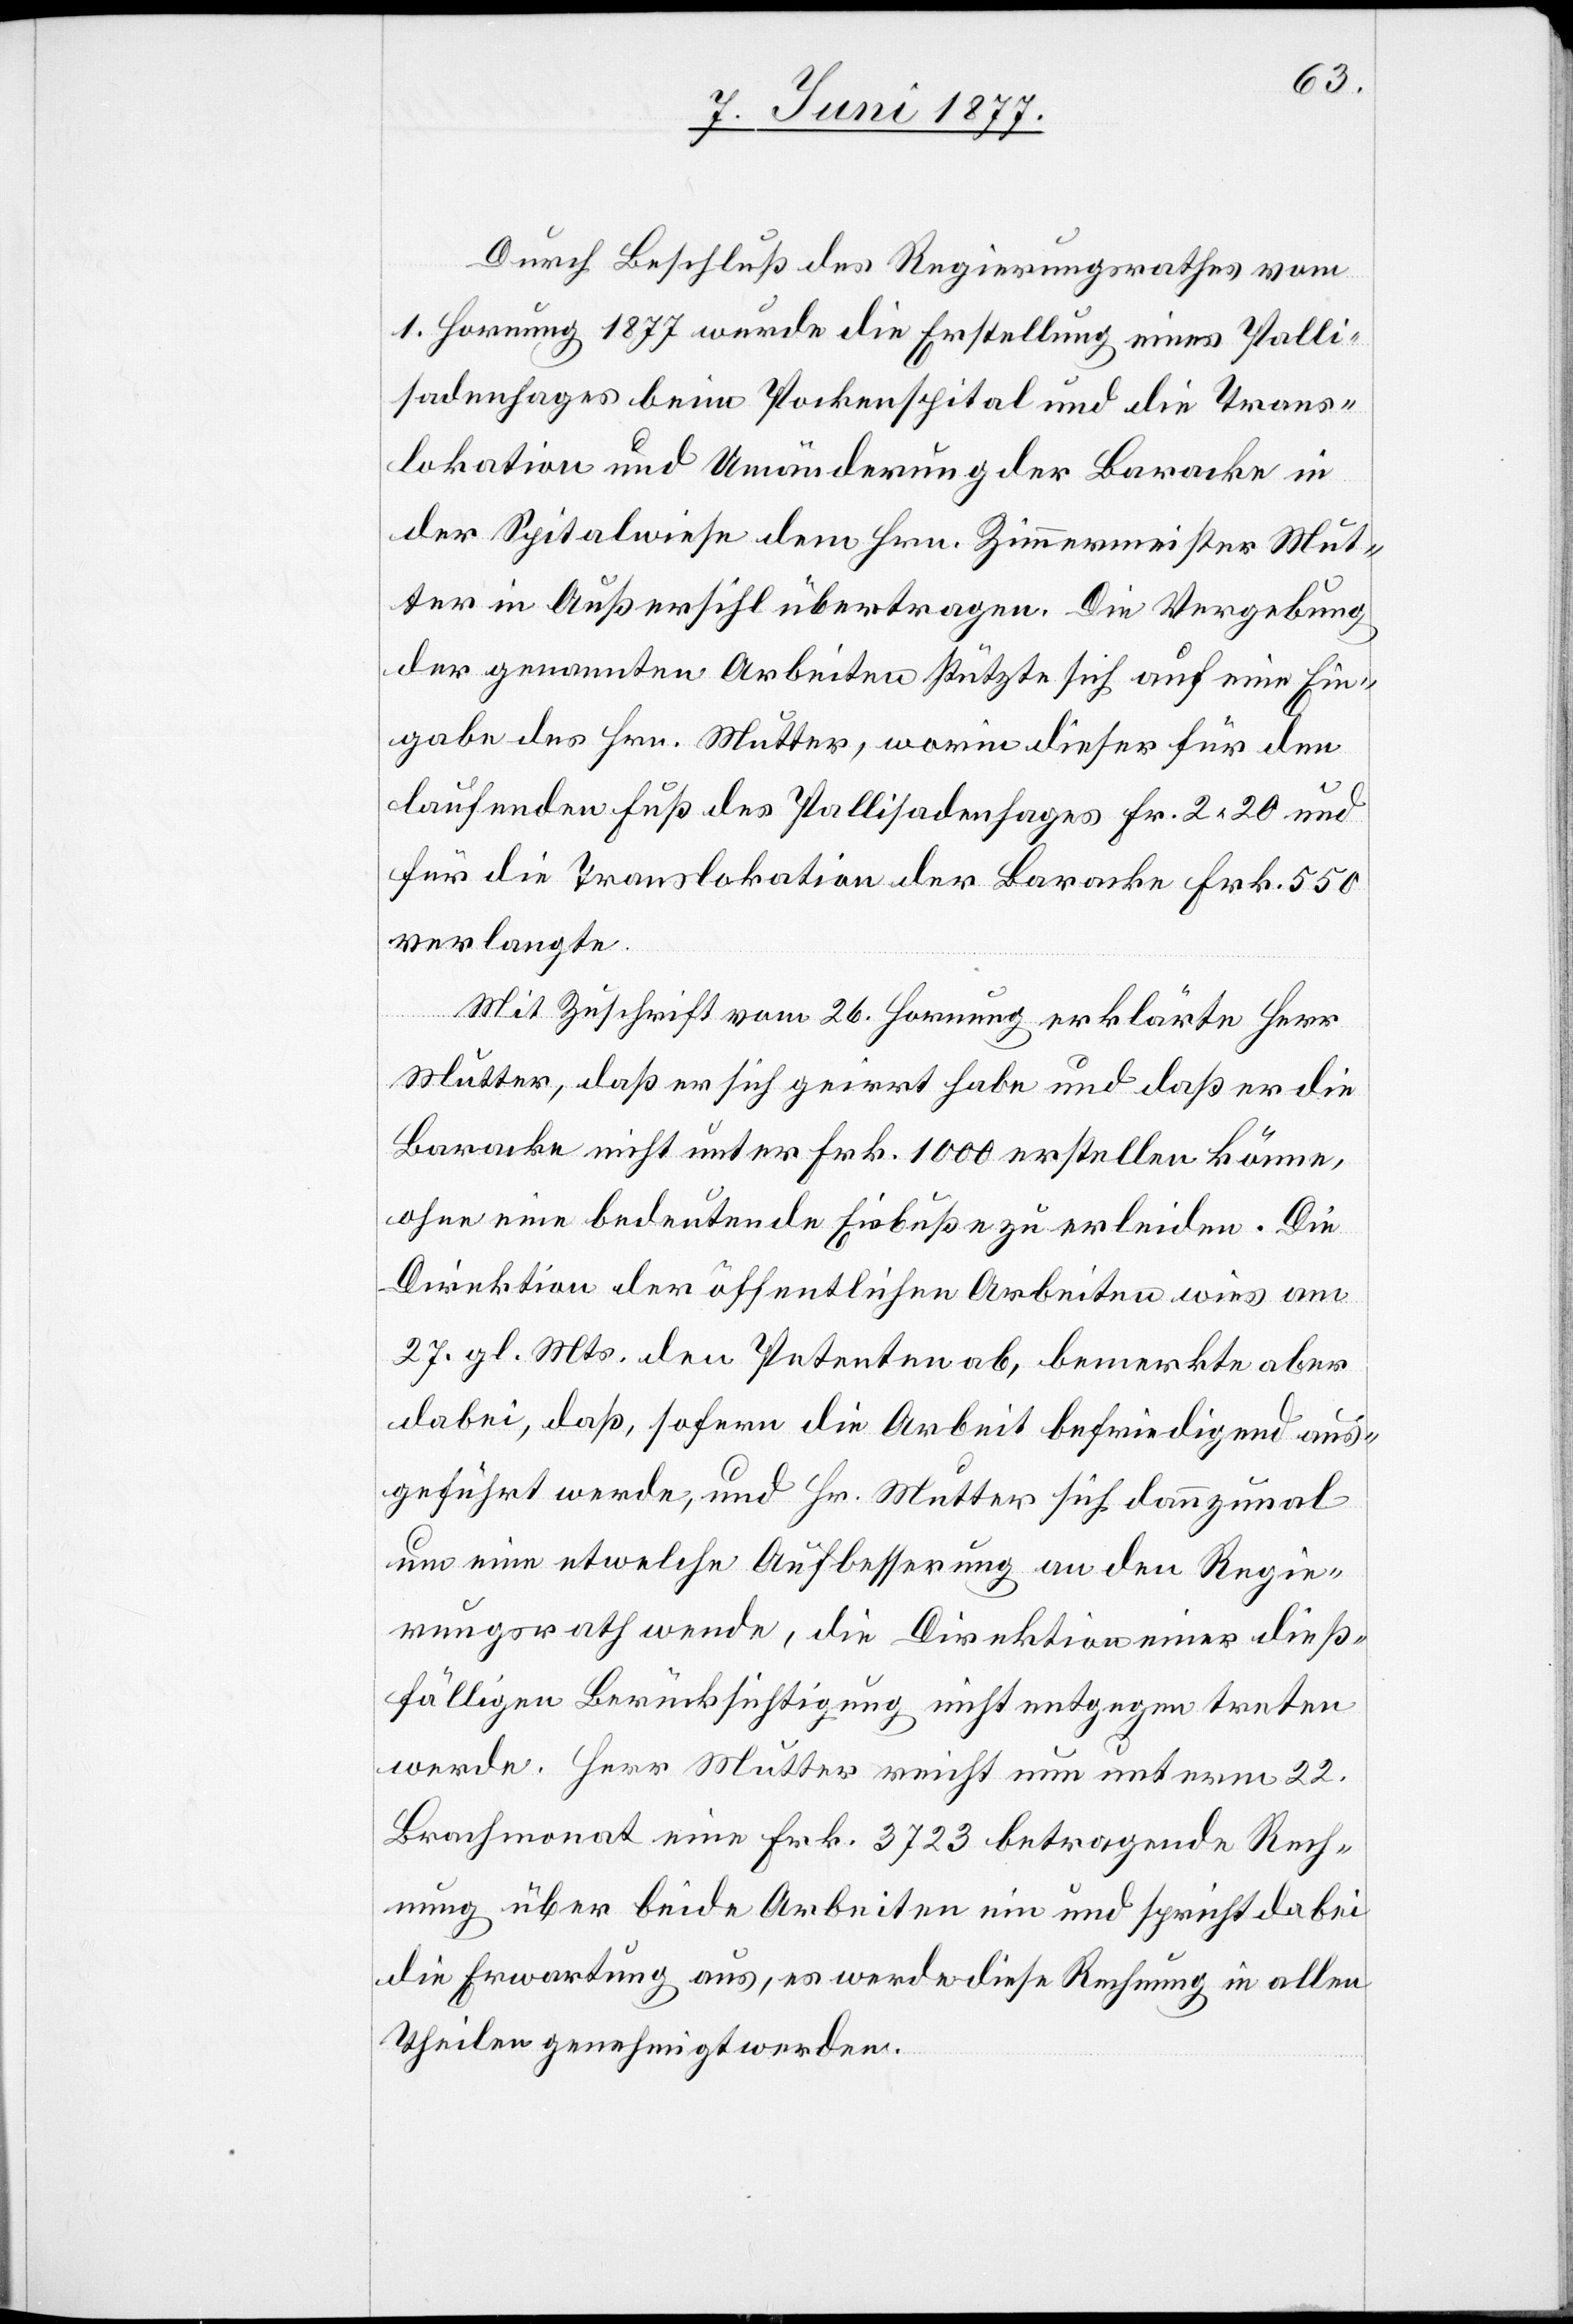
Durch Beschluß des Regierungsrathes vom
1. Hornung 1877 wurde die Erstellung eines Palli¬
sadenhages beim Pockenspital und die Trans¬
lokation und Umänderung der Baracke in
der Spitalwiese dem Hrn. Zimmermeister Mut¬
ter in Außersihl übertragen. Die Vergebung
der genannten Arbeiten stützte sich auf eine Ein¬
gabe des Hrn. Mutter, worin dieser für den
laufenden Fuß des Pallisadenhages Fr. 2.20 und
für die Translokation der Baracke Frk. 550
verlangte.
Mit Zuschrift vom 26. Hornung erklärte Herr
Mutter, daß er sich geirrt habe und daß er die
Baracke nicht unter Frk. 1000 erstellen könne,
ohne eine bedeutende Einbuße zu erleiden. Die
Direktion der öffentlichen Arbeiten wies am
27. gl. Mts. den Petenten ab, bemerkte aber
dabei, daß, sofern die Arbeit befriedigend aus¬
geführt werde, und Hr. Mutter sich dannzumal
um eine etwelche Aufbesserung an den Regie¬
rungsrath wende, die Direktion einer dieß¬
fälligen Berücksichtigung nicht entgegen treten
werde. Herr Mutter reicht nun unterm 22.
Brachmonat eine Frk. 3723 betragende Rech¬
nung über beide Arbeiten ein und spricht dabei
die Erwartung aus, es werde diese Rechnung in allen
Theilen genehmigt werden.